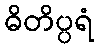
ဓိတိပ္ပရံ